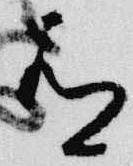
有